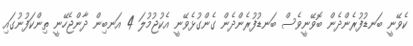
ކެވޭނީ ބަނޑުފުރެންދެން ބޮވޭނީވެސް ބަނޑުފުރެންދެން ގެންގުޅެވޭނީ އެކުޖުމުލަ 4 އަނބިން ދާންޖެހޭނީ ތިންކަފުނުގައި